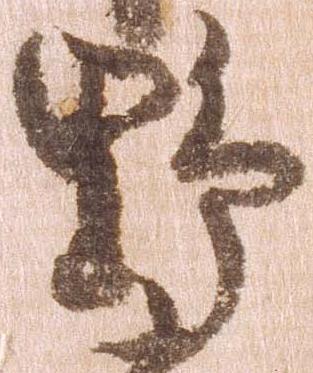
野